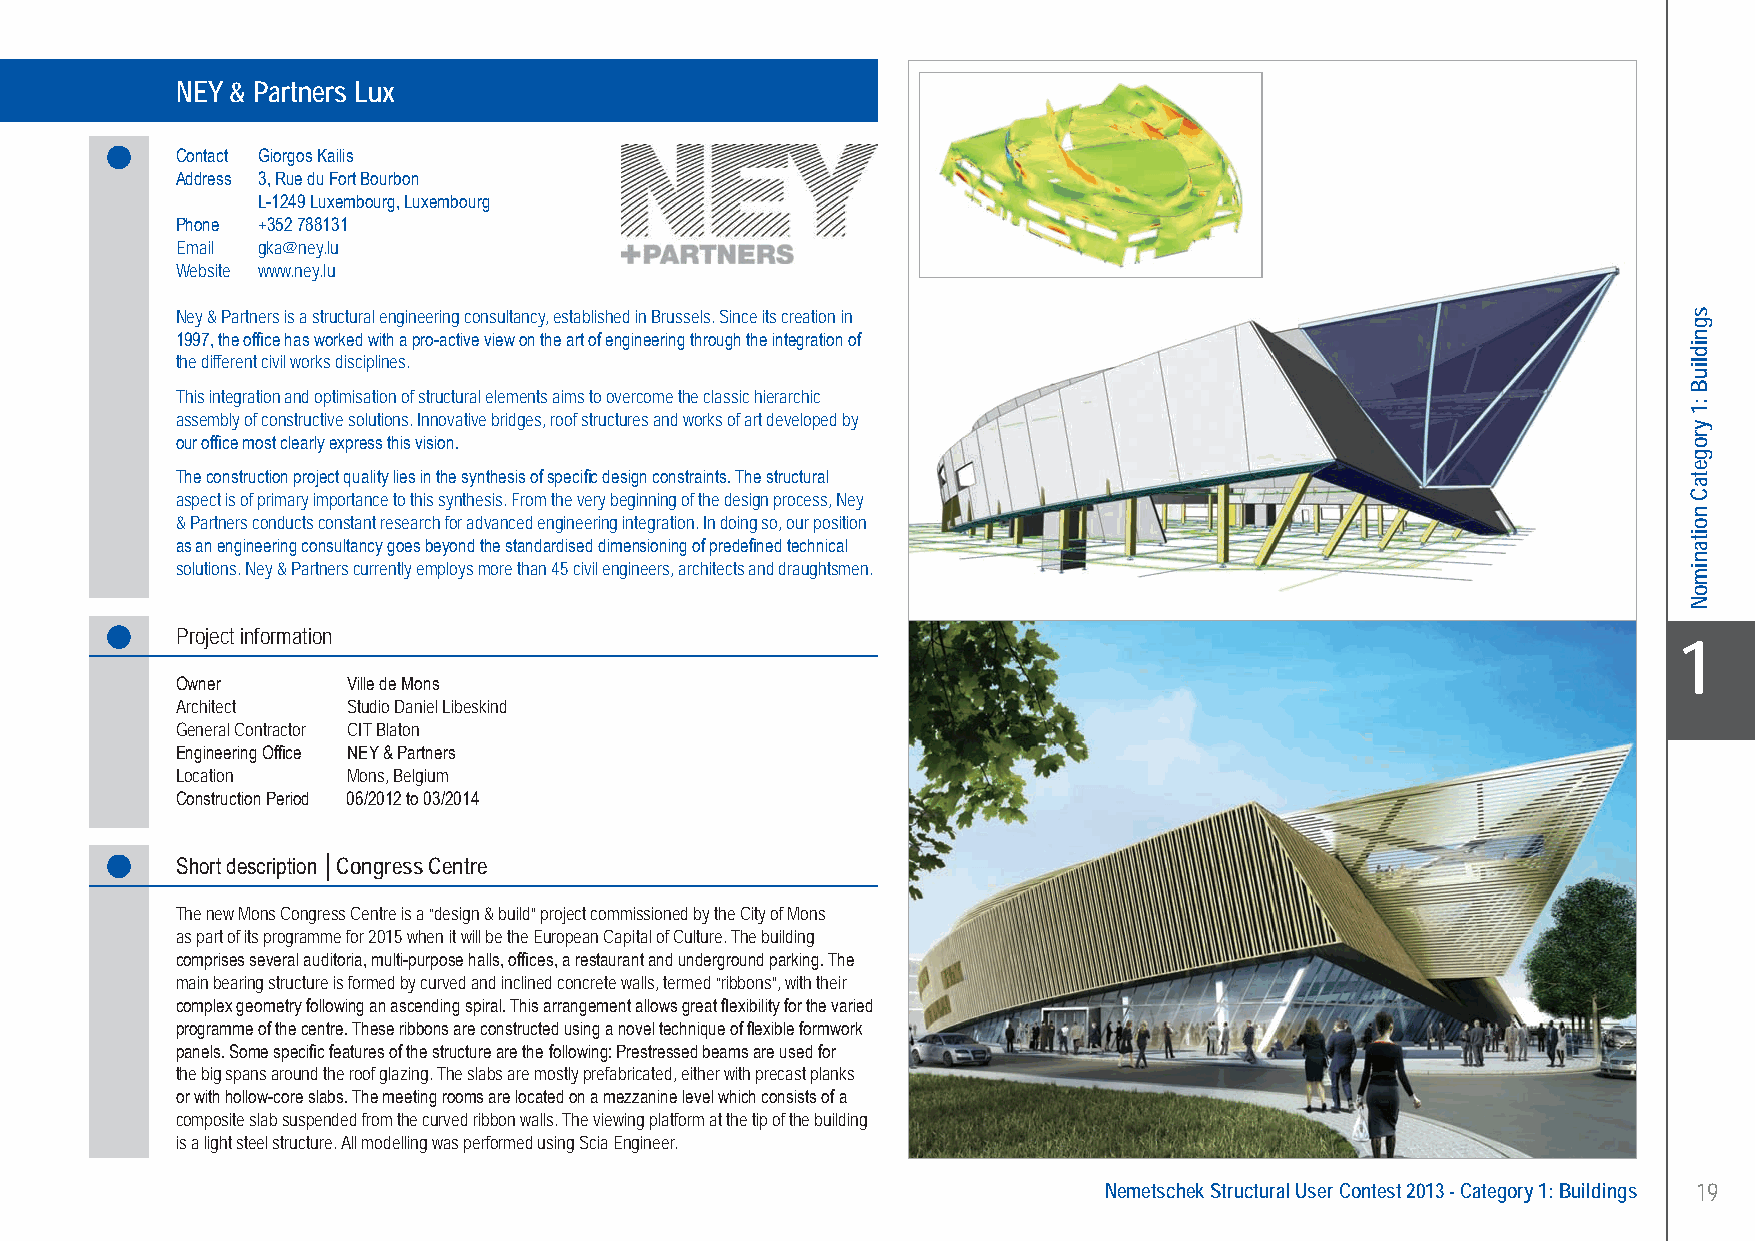
NEY & Partners Lux ..................Congress Centre - Mons, Belgium
 NEY & Partners Lux
 Contact Giorgos Kailis
 Address 3, Rue du Fort Bourbon
 L-1249 Luxembourg, Luxembourg
 Phone +352 788131
 Email gka@ney.lu
 Website www.ney.lu
 Ney & Partners is a structural engineering consultancy, established in Brussels. Since its creation in
 1997, the office has worked with a pro-active view on the art of engineering through the integration of
 the different civil works disciplines.
 This integration and optimisation of structural elements aims to overcome the classic hierarchic
 assembly of constructive solutions. Innovative bridges, roof structures and works of art developed by
 our office most clearly express this vision.
 The construction project quality lies in the synthesis of specific design constraints. The structural
 aspect is of primary importance to this synthesis. From the very beginning of the design process, Ney
 & Partners conducts constant research for advanced engineering integration. In doing so, our position
 as an engineering consultancy goes beyond the standardised dimensioning of predefined technical
 solutions. Ney & Partners currently employs more than 45 civil engineers, architects and draughtsmen.
 Project information
 X1
 Owner      Ville de Mons
 Architect  Studio Daniel Libeskind
 General Contractor CIT Blaton
 Engineering Office NEY & Partners
 Location   Mons, Belgium
 Construction Period 06/2012 to 03/2014
 Short description │Congress Centre
 The new Mons Congress Centre is a “design & build” project commissioned by the City of Mons
 as part of its programme for 2015 when it will be the European Capital of Culture. The building
 comprises several auditoria, multi-purpose halls, offices, a restaurant and underground parking. The
 main bearing structure is formed by curved and inclined concrete walls, termed “ribbons”, with their
 complex geometry following an ascending spiral. This arrangement allows great flexibility for the varied
 programme of the centre. These ribbons are constructed using a novel technique of flexible formwork
 panels. Some specific features of the structure are the following: Prestressed beams are used for
 the big spans around the roof glazing. The slabs are mostly prefabricated, either with precast planks
 or with hollow-core slabs. The meeting rooms are located on a mezzanine level which consists of a
 composite slab suspended from the curved ribbon walls. The viewing platform at the tip of the building
 is a light steel structure. All modelling was performed using Scia Engineer.
 Nemetschek Structural User Contest 2013 - Category 1: Buildings 19
 UC-2013-Book-V8.indd 19                                                                                   7/11/2013 12:20:16 PM
 sgnidliuB
 :1
 yrogetaC
 noitanimoN